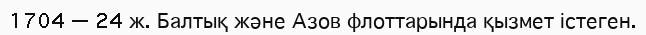
1704 — 24 ж. Балтық және Азов флоттарында қызмет істеген.